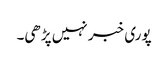
پوری خبر نہیں پڑھی۔